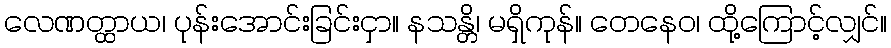
လေဏတ္ထာယ၊ ပုန်းအောင်းခြင်းငှာ။ နသန္တိ၊ မရှိကုန်။ တေနေဝ၊ ထို့ကြောင့်လျှင်။